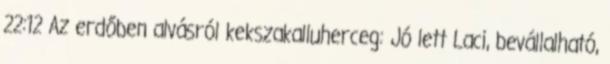
22:12 Az erdőben alvásról kekszakalluherceg: Jó lett Laci, bevállalható,